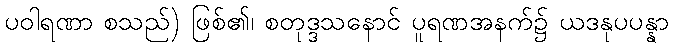
ပဝါရဏာ စသည်) ဖြစ်၏၊ စတုဒ္ဒသနောင် ပူရဏအနက်၌ ယဒနုပပန္နာ